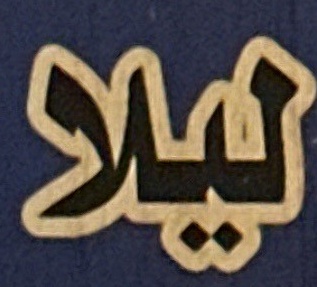
لیلا